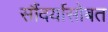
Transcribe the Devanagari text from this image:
सौंदर्यासोबत